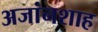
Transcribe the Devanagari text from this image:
अजांनशाह